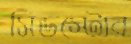
সিডস্টোর